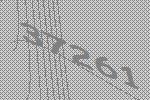
37261